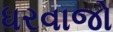
ધરવાજો